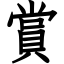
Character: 賞